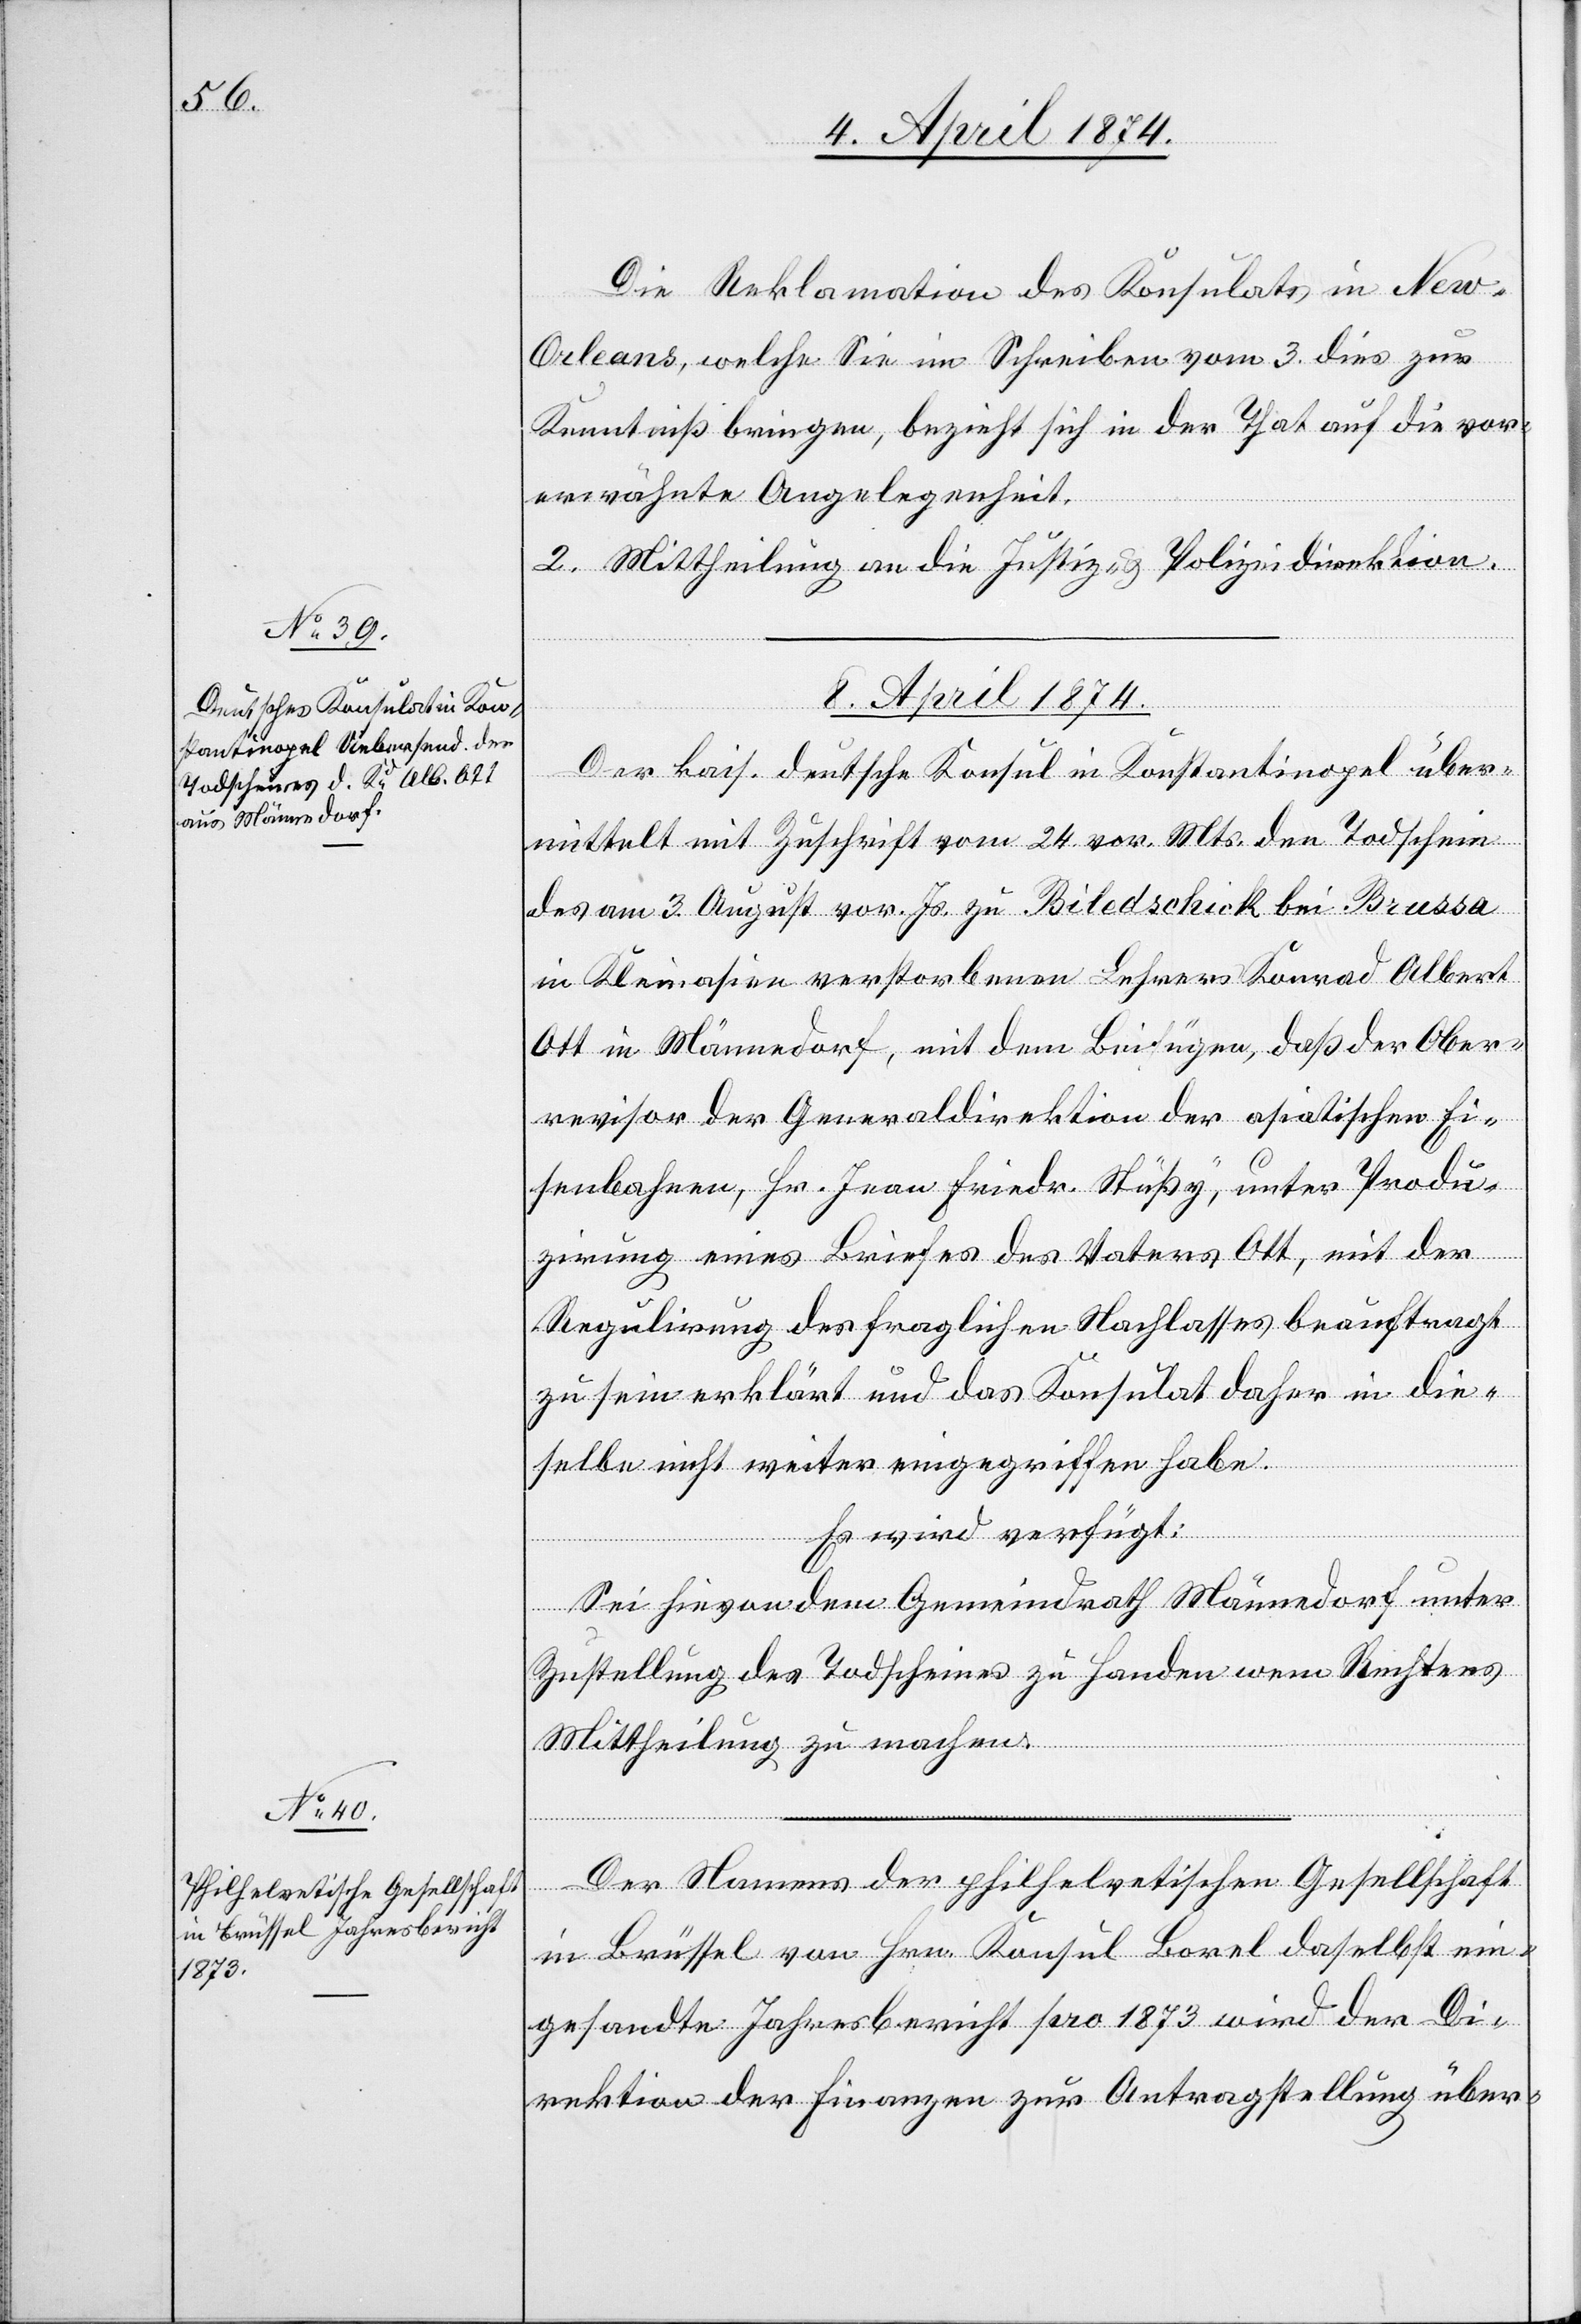
Die Reklamation des Konsulats in New-O¬
rleans, welche Sie im Schreiben vom 3. dies zur
Kenntniß bringen, bezieht sich in der That auf die vor¬
erwähnte Angelegenheit.
2. Mittheilung an die Justiz- u. Polizeidirektion.
8. April 1874.]
Der kais. deutsche Konsul in Konstantinopel über¬
mittelt mit Zuschrift vom 24. vor. Mts. den Todschein
des am 3. August vor. Js. zu Biledschick bei Brussa
in Kleinasien verstorbenen Lehrer Konrad Albert
Ott in Männedorf, mit dem Beifügen, daß der Ober¬
revisor der Generaldirektion der asiatischen Ei¬
senbahnen, Hr. Jean Friedr. Stüßy, unter Produ¬
zirung eines Briefes des Vaters Ott, mit der
Regulirung des fraglichen Nachlasses beauftragt
zu sein erklärt und das Konsulat daher in die¬
selbe nicht weiter eingegriffen habe.
Es wird verfügt:
Sei hievon dem Gemeindrath Männedorf unter
Zustellung des Todscheines zu Handen wem Rechtens
Mittheilung zu machen.
Der Namens der philhelvetischen Gesellschaft
in Brüssel von Hrn. Konsul Lorel daselbst ein¬
gesandte Jahresbericht pro 1873 wird der Di¬
rektion der Finanzen zur Antragstellung über-